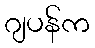
ဂျပန်က